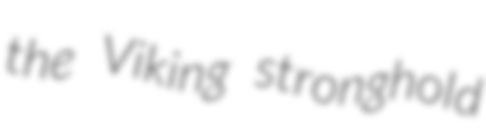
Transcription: the Viking stronghold